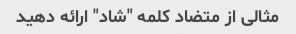
مثالی از متضاد کلمه "شاد" ارائه دهید